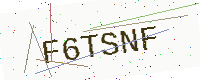
Text: F6TSNF